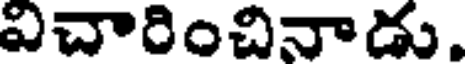
విచారించినాడు.